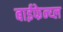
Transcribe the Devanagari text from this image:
बाईफेन्य्ल